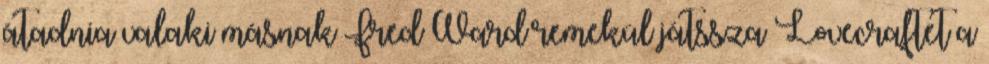
átadnia valaki másnak Fred Ward remekül játssza Lovecraftet a